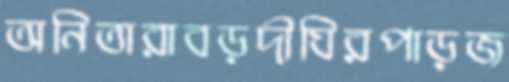
অনিতারাবড়দীঘিরপাড়জ